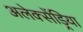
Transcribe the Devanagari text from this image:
अलेक्सेंड्रिया